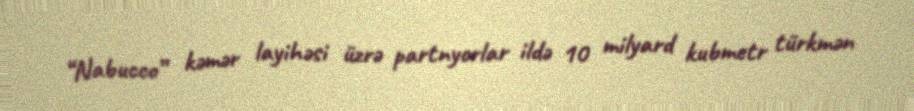
“Nabucco” kəmər layihəsi üzrə partnyorlar ildə 10 milyard kubmetr türkmən